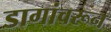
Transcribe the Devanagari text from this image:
डागांवरून